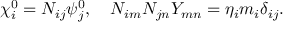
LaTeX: \chi _ { i } ^ { 0 } = N _ { i j } \psi _ { j } ^ { 0 } , \quad N _ { i m } N _ { j n } Y _ { m n } = \eta _ { i } m _ { i } \delta _ { i j } .